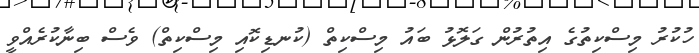
ހުކުރު މިސްކިތުގެ އިތުރުން ގަލޮޅު ބައު މިސްކިތް (ކުނޑިކޮއި މިސްކިތް) ވެސް ބިނާކުރެއްވީ